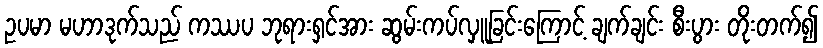
ဥပမာ မဟာဒုက်သည် ကဿပ ဘုရားရှင်အား ဆွမ်းကပ်လှူခြင်းကြောင့် ချက်ချင်း စီးပွား တိုးတက်၍